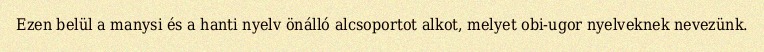
Ezen belül a manysi és a hanti nyelv önálló alcsoportot alkot, melyet obi-ugor nyelveknek nevezünk.